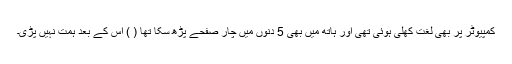
کمپیوٹر پر بھی لغت کھلی ہوئی تھی اور ہاتھ میں بھی 5 دنوں میں چار صفحے پڑھ سکا تھا ( ) اس کے بعد ہمت نہیں پڑی۔